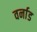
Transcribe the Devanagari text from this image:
वर्नाड